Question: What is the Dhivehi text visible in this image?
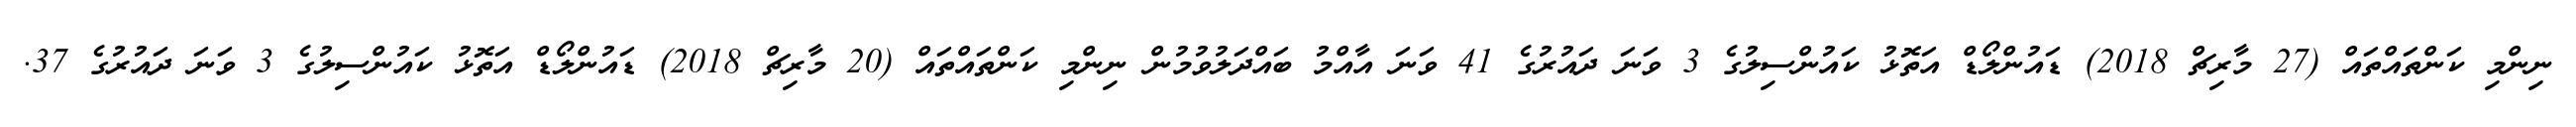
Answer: ނިންމި ކަންތައްތައް (27 މާރިޗް 2018) ޑައުންލޯޑް އަތޮޅު ކައުންސިލުގެ 3 ވަނަ ދައުރުގެ 41 ވަނަ އާއްމު ބައްދަލުވުމުން ނިންމި ކަންތައްތައް (20 މާރިޗް 2018) ޑައުންލޯޑް އަތޮޅު ކައުންސިލުގެ 3 ވަނަ ދައުރުގެ 37.